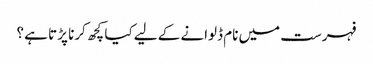
فہرست میں نام ڈلوانے کے لیے کیا کچھ کرنا پڑتا ہے ؟